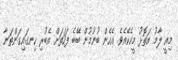
މިއީ ލާމު އަތޮޅު މީހެކޭއެވެ. އެހެން ބުނުމުން ބޭބެ ފަހަތަށް އެބުރި ހިނގައިގަންތަނާ